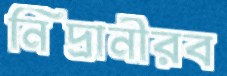
নিদ্রানীরব